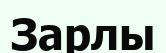
Зарлы